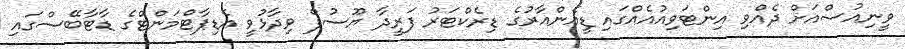
ވީނިއުސްއަށް ދެއްވި އިންޓަވިއުއެއްގައި ޑީއެންއާރުގެ ޑިރެކްޓަރު ފަރީދާ ޔޫސުފް ވިދާޅުވީ އެޑިޕާޓްމަންޓްގެ ޑާޓާބޭސްގައި